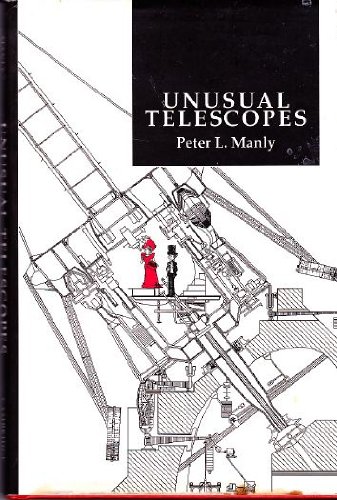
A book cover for Unusual Telescopes; Peter L. Manly; Science & Math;